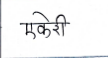
मजकूर: एकेरी